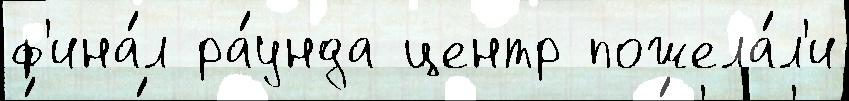
ф'ина́л ра́унда центр пожела́л'и